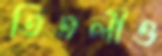
তিতলীও